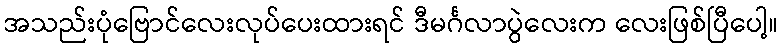
အသည်းပုံဗြောင်လေးလုပ်ပေးထားရင် ဒီမင်္ဂလာပွဲလေးက လေးဖြစ်ပြီပေါ့။